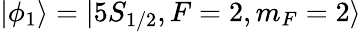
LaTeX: |\phi_{1}\rangle=|5S_{1/2},F=2,m_{F}=2\rangle